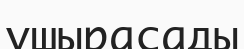
ұшырасады